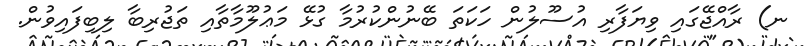
ނ) ރާއްޖޭގައި ވިޔަފާރި އުސޫލުން ހަކަތަ ބޭނުންކުރުމާ ގުޅޭ މަޢުލޫމާތާއި ތަޖުރިބާ ލިބިފައިވުން.